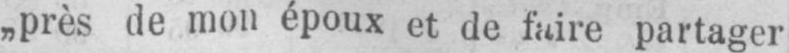
„près de mon époux et de faire partager